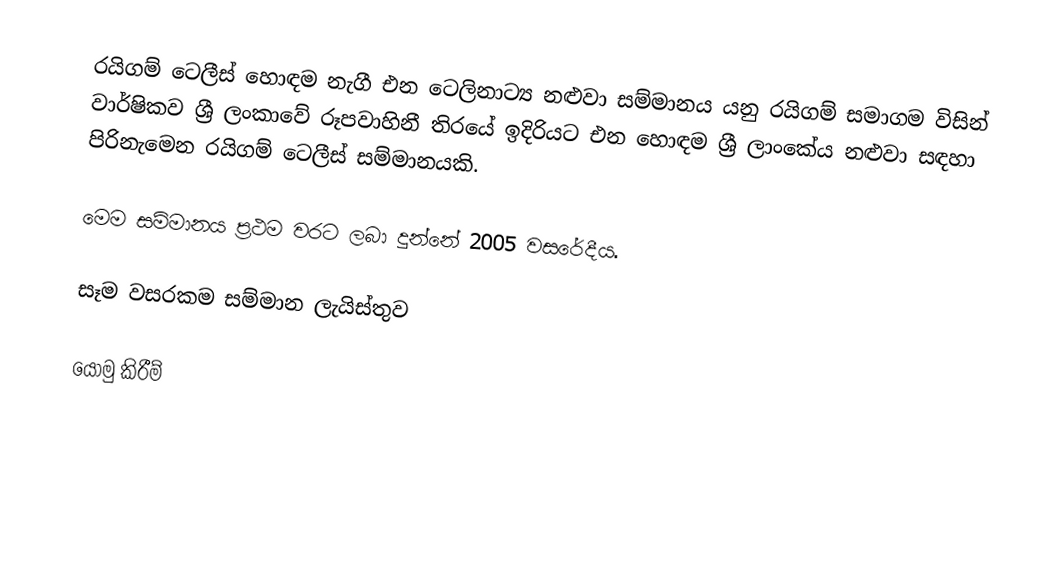
රයිගම් ටෙලීස් හොඳම නැගී එන ටෙලිනාට්‍ය නළුවා සම්මානය යනු රයිගම් සමාගම විසින් වාර්ෂිකව ශ්‍රී ලංකාවේ රූපවාහිනී තිරයේ ඉදිරියට එන හොඳම ශ්‍රී ලාංකේය නළුවා සඳහා පිරිනැමෙන රයිගම් ටෙලීස් සම්මානයකි.

මෙම සම්මානය ප්‍රථම වරට ලබා දුන්නේ 2005 වසරේදීය.

සෑම වසරකම සම්මාන ලැයිස්තුව

යොමු කිරීම්